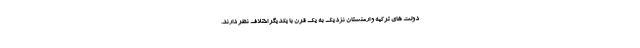
دولت های ترکیه و ارمنستان نزدیک به یک قرن با یکدیگر اختلاف نظر دارند.